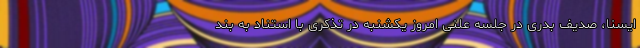
ایسنا، صدیف بدری در جلسه علنی امروز یکشنبه در تذکری با استناد به بند